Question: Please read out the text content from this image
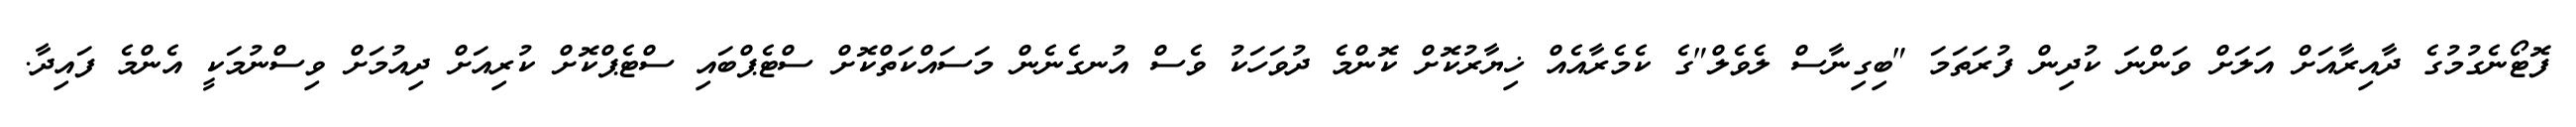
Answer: ފޮޓޯނެގުމުގެ ދާއިރާއަށް އަލަށް ވަންނަ ކުދިން ފުރަތަމަ "ބިގިނާސް ލެވެލް"ގެ ކެމެރާއެއް ޚިޔާރުކޮށް ކޮންމެ ދުވަހަކު ވެސް އުނގެނެން މަސައްކަތްކޮށް ސްޓެޕްބައި ސްޓެޕްކޮށް ކުރިއަށް ދިއުމަށް ވިސްނުމަކީ އެންމެ ފައިދާ.